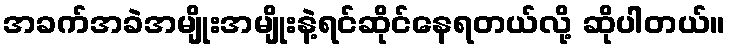
အခက်အခဲအမျိုးအမျိုးနဲ့ရင်ဆိုင်နေရတယ်လို့ ဆိုပါတယ်။